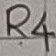
Text: R4